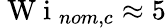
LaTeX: \mathrm{~W~i~}_{nom,c}\approx 5